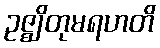
ဥဇ္ဈိတုမရဟတိ